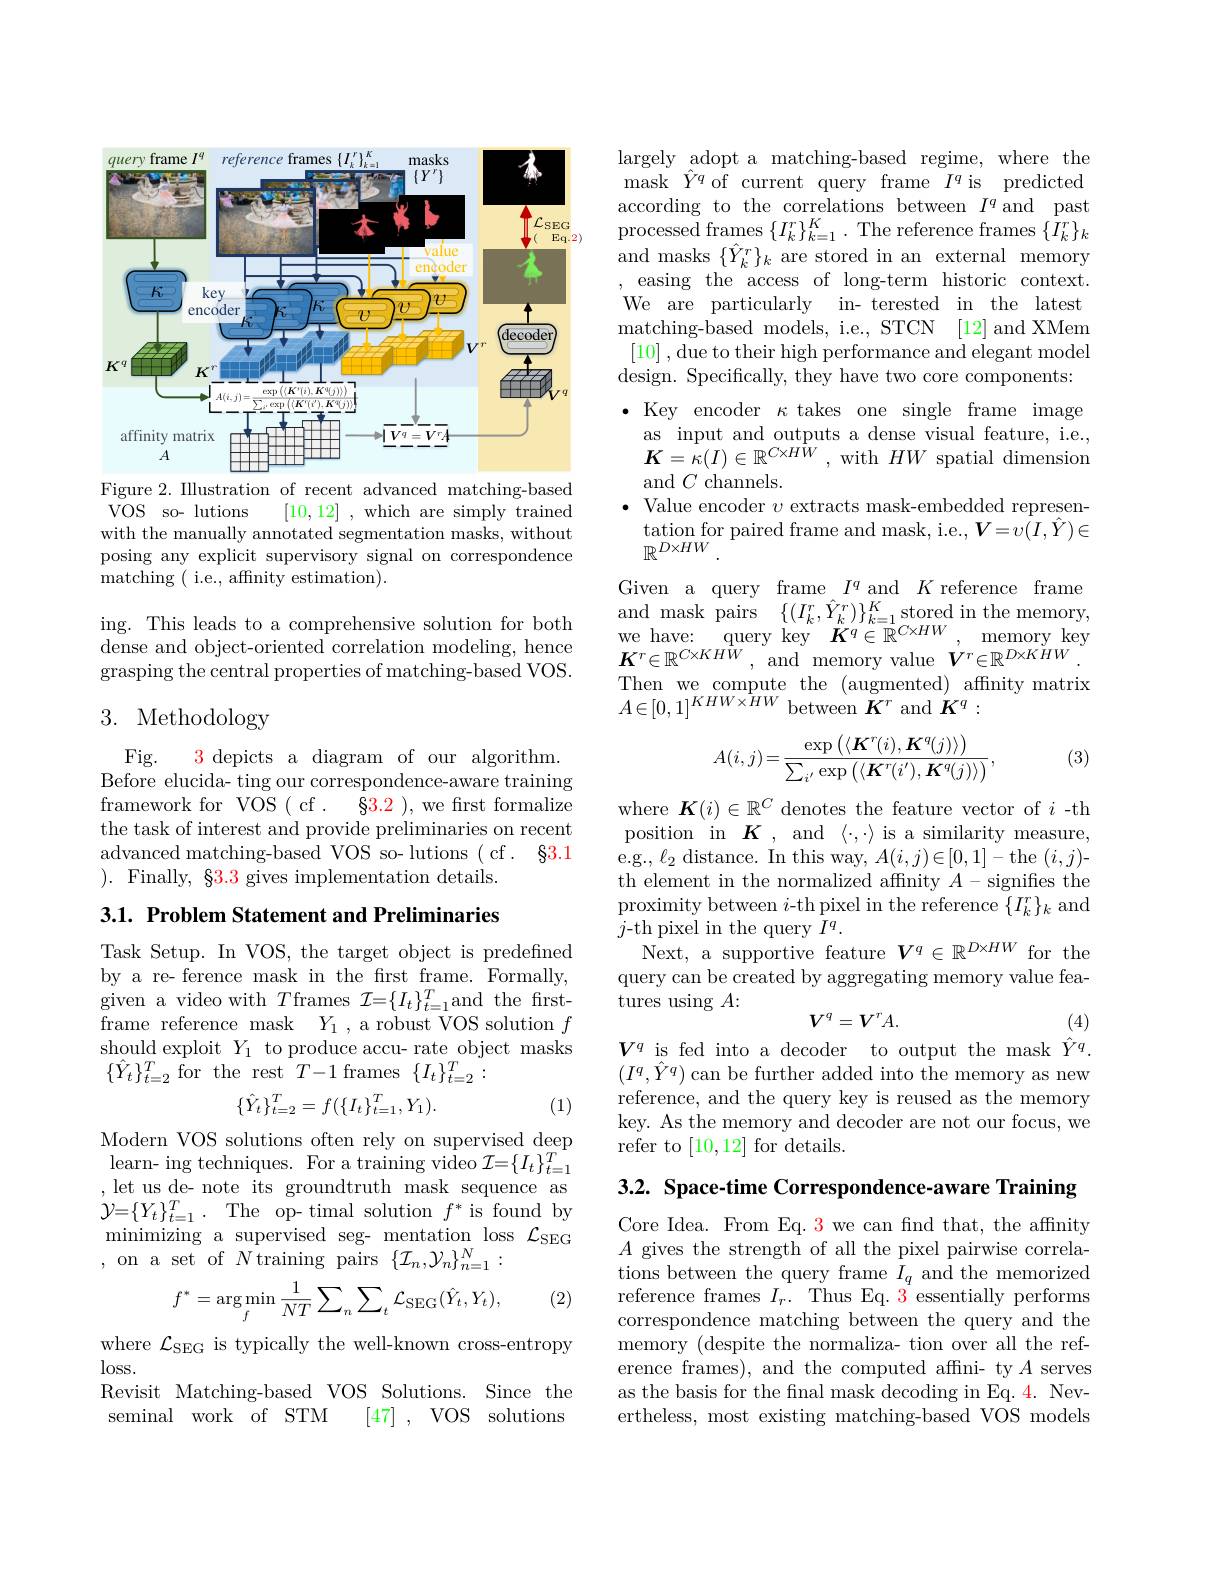
<FigureHere>

Figure 2. Illustration of recent advanced matching-based
$\bar{\mathrm{VOS}}$ so- lutions
[10,12] , which are simply trained
with the manually annotated segmentation masks, without posing any explicit supervisory signal on correspondence matching ( i.e., affnity estimation).

ing. This leads to a comprehensive solution for both ${\mathrm{dense~and~object-oriented~correlation~modeling,~hence}}$ grasping the central properties of matching-based VOS.

# 3. Methodology

Fig.
3 depicts a diagram of our algorithm.
$\bar{\text{Before elucida- ting our correspondence-aware training}}$ framework for VOS ( cf . 83.2 ), we first formalize the task of interest and provide preliminaries on recent advanced matching-based VOS so- lutions ( cf. $\S3.1$ ). Finally, $\S3.3$ gives implementation details.

3.1. Problem Statement and Preliminaries

Task Setup. In VOS, the target object is predefined by a re- ference mask in the frst frame. Formally, given a video with $T$frames $\mathcal{I}=\{I_t\}_t=1^T$and the frstframe reference mask$Y_1$,a robust VOS solution $f$ should exploit $Y_1$ to produce accu- rate object masks $\{\hat{Y}_{t}\}_{t=2}^{T}$ for the rest $T-1$ frames$\{I_t\}_t=2^{T}:$
$$\{\hat{Y}_t\}_{t=2}^T=f(\{I_t\}_{t=1}^T,Y_1).$$
(1)

Modern VOS solutions often rely on supervised deep $\operatorname*{learn-~ing~techniques.~For~a~training~video~}\mathcal{I}=\{I_{t}\}_{t=1}^{T}$ , let us de- note its groundtruth mask sequence as $\begin{array}{ll}{\mathcal{Y}=\{Y_{t}\}_{t=1}^{T}.\:\mathrm{The}\:\mathrm{op-~timal~solution~}f^{*}~\mathrm{is~found~by}}\\{\mathrm{minimizing~a~supervised~seg-~mentation~loss~}\mathcal{L}_{\mathrm{SEG}}}\end{array}$ ,on a set of $N$training pairs$\{\mathcal{I}_n,\mathcal{Y}_n\}_{n=1}^N:$
$$f^*=\arg\min_{f}\frac{1}{NT}\sum_{n}\sum_{t}\mathcal{L}_{\mathrm{SEG}}(\hat{Y}_{t},Y_{t}),$$
(2)

where $\mathcal{L}_\mathrm{SEG}$ is typically the well-known cross-entropy
$\log$ss.
Revisit Matching-based VOS Solutions. Since the
seminal work of STM
[47] , VOS solutions

largely adopt a matching-based regime, where the mask $\hat{Y}^q$of current query frame $I^q$is predicted according to the correlations between $I^q$and past processed frames $\{I_k^{r}\}_{k=1}^{K}.$ The reference frames $\{\dot{I}_k^{r}\}_k$ and masks $\{\hat{Y}_k^r\}_k$ are stored in an external memory
easing the access of long-term historic context We are particularly in- terested in the latest matching- based models, i. e. , STCN [ 12] and XMem [10] , due to their high performance and elegant model design. Specifically, they have two core components: $\bullet$ Key encoder $\kappa$ takes one single frame image
as input and outputs a dense visual feature, i.e., $K=\bar{\kappa}(I)\in\mathbb{R}^{C\times H\bar{W}}$ , with $HW$ spatial dimension and $C$ channels.
$\bullet$ Value encoder $v$ extracts mask-embedded represen- $\begin{array}{l}\text{tation for paired frame and mask, i.e.},V=\dot{v(I,\hat{Y})}\in\\\mathbb{R}^{D\times HW}.\end{array}$
Given a query frame $I^q$ and $K$ reference frame and mask pairs $\{ ( I_{k}^{r}, \hat{Y} _{k}^{r}) \} _{k= 1}^{K}$stored in the memory, we have: query key $K^q\in\mathbb{R}^{C\times HW}$
memory key
$\boldsymbol{K}^r\in\mathbb{R}^{C\times KHW}$,and memory value $\boldsymbol{V}^r\in\mathbb{R}^{D\times KHW}$ Then we compute the (augmented) affinity matrix $A\in[0,1]^{KHW\times HW}$between $K^r$ and $K^q:$
$$A(i,j)=\frac{\exp\left(\langle K^r(i),K^q(j)\rangle\right)}{\sum_{i'}\exp\left(\langle K^r(i'),K^q(j)\rangle\right)},$$
(3)

where $\boldsymbol K(i)\in\mathbb{R}^C$ denotes the feature vector of $i$-th position in $K$, and $\langle\cdot,\cdot\rangle$ is a similarity measure, e.g.,$\ell_2$ distance. In this way, $A(i,j)\in[0,1]-$the $(i,j)$- th element in the normalized affnity $A-$signifies the proximity between $i$-th pixel in the reference $\{I_k^r\}_k$ and $j$-th pixel in the query $I^q.$
Next, a supportive feature $V^q\in\mathbb{R}^{D\times HW}$ for the query can be created by aggregating memory value features using $A:$
$$V^q=V^rA.$$
(4)

$V^q$ is fed into a decoder to output the mask $\hat{Y}^q.$

$(I^q,\hat{Y}^q)$can be further added into the memory as new reference, and the query key is reused as the memory key. As the memory and decoder are not our focus, we refer to [10,12] for details.

3.2. Space-time Correspondence-aware Training

Core Idea. From Eq. 3 we can find that, the affnity $A$ gives the strength of all the pixel pairwise correlations between the query frame $I_q$ and the memorized reference frames $I_r.$ Thus Eq. 3 essentially performs correspondence matching between the query and the memory (despite the normaliza- tion over all the reference frames), and the computed affni- ty $A$ serves as the basis for the fnal mask decoding in Eq. 4. Nevertheless, most existing matching-based VOS models